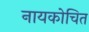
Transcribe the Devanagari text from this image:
नायकोचित